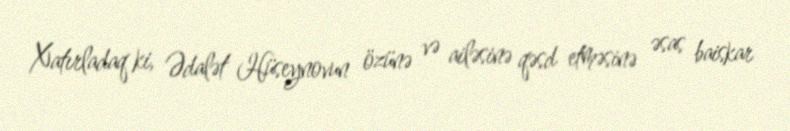
Xatırladaq ki, Ədalət Hüseynovun özünə və ailəsinə qəsd etməsinə əsas baiskar